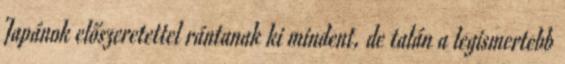
Japánok előszeretettel rántanak ki mindent, de talán a legismertebb